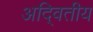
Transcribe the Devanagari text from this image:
अदि्वतीय